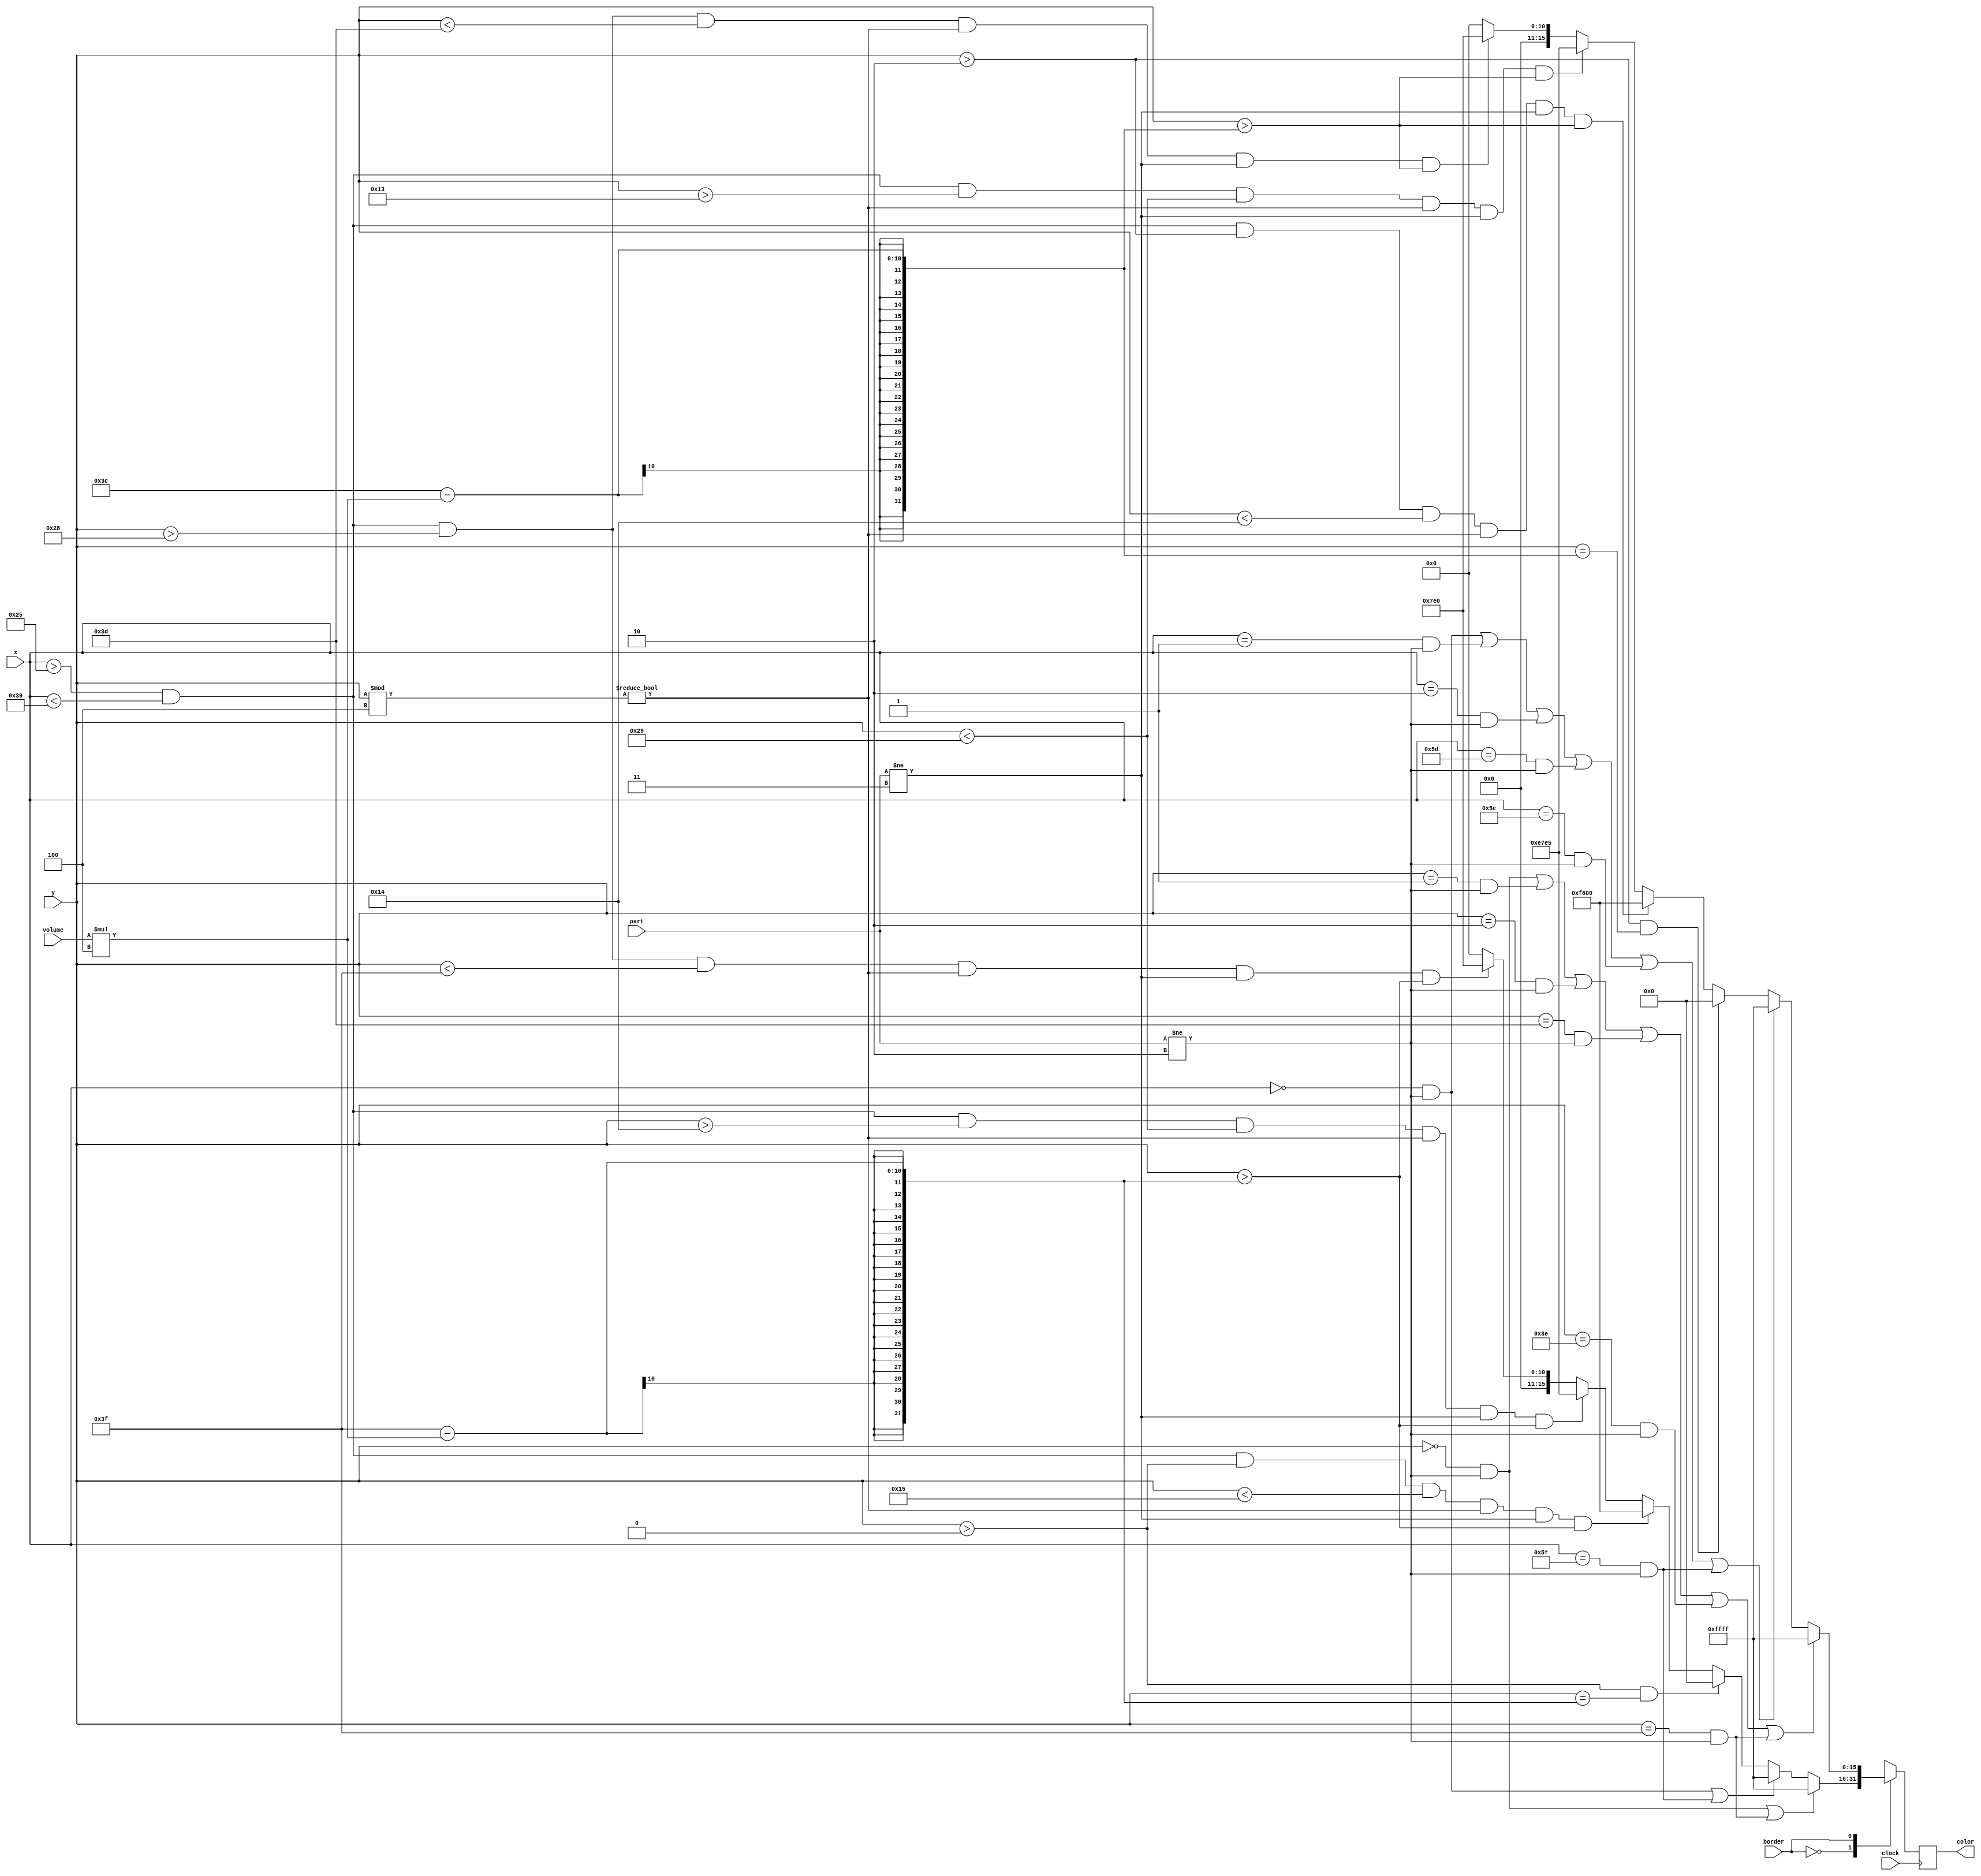
`timescale 1ns / 1ps
//////////////////////////////////////////////////////////////////////////////////
// Company: 
// Engineer: 
// 
// Design Name: 
// Module Name: PRINT_LED
// Project Name: 
// Target Devices: 
// Tool Versions: 
// Description: 
// 
// Dependencies: 
// 
// Revision:
// Revision 0.01 - File Created
// Additional Comments:
// 
//////////////////////////////////////////////////////////////////////////////////


module PRINT_LED_DEFAULT(input clock,input [6:0]volume,
    input[6:0]x, input[6:0]y,input border ,input [1:0]part, output reg [15:0] color
    
    );
    
    always@ (posedge clock) 
    begin
        case(border) // set border to 1 pixel
            1'b0:
                begin
                    if(y==0 && part!=2 || y==63 && part!=2)
                    begin
                        color = 65535; // set to white , all 1
                    end
                    else if(x==0 && part!=2 || x==95 && part!=2)
                    begin
                        color = 65535; // set to white , all 1
                    end
                    else if(y>0 && y == (63-(volume*4)))
                    begin
                        color = 0;
                    end
                    else if(x > 37 && x < 57 && y > 0 && y < 21 && (y % 4)!=0 && part!=3 && y > (63-(volume*4))) // SET RED
                    begin
                        color = 16'b1111100000000000;
                    end
                    else if(x > 37 && x < 57 && y > 20 && y < 41 && (y % 4)!=0 && part!=3 && y > (63-(volume*4))) // SET YELLOW
                    begin
                        color = 16'hE7E5;
                    end
                    else if(x > 37 && x < 57 && y > 40 && y < 63 && (y % 4)!=0 && part!=3 && y > (63-(volume*4))) // SET GREEN
                    begin
                        
                        color = 16'h07E0;
                    end
                    else if((y % 4)==0) 
                    begin
                        color = 0; // set other pixels to BLACK
                    end        
                    else
                    begin
                        color = 0; // SET ALL OTHER COLORS TO BLACK
                    end              
                end    
                
            1'b1: // SET BORDER TO 3 PIXEL
                    begin
                        if(y==0 && part!=2 || y==1 && part!=2 || y==2&& part!=2 || y==61 && part!=2 || y==62 && part!=2 || y==63 && part!=2)
                        begin
                            color = 65535; // set to white , all 1
                        end
                        else if(x==0 && part!=2 || x==1 && part!=2 || x==2 && part!=2 || x==93 && part!=2 || x==94 && part!=2 || x==95 && part!=2)
                        begin
                            color = 65535; // set to white , all 1
                        end
                        else if(y>2 && y == (60-(volume*4)))
                        begin
                            color = 0;
                        end
                        else if(x > 37 && x < 57 && y > 2 && y < 20 && (y % 4)!=0 && part!=3 && y > (60-(volume*4))) // SET RED
                        begin
 
                            color = 16'b1111100000000000;
                        end
                        else if(x > 37 && x < 57 && y > 19 && y < 41 && (y % 4)!=0 && part!=3 && y > (60-(volume*4))) // SET YELLOW
                        begin
                            color = 16'hE7E5;
                        end
                        else if(x > 37 && x < 57 && y > 40 && y < 61 && (y % 4)!=0 && part!=3 && y > (60-(volume*4))) // SET GREEN
                        begin
                            color = 16'h07E0;
                        end  
                        else if((y % 4)==0) 
                        begin
                            color = 0; // set other pixels to BLACK
                        end 
                        else
                        begin
                            color = 0; // set other pixels to BLACK                       
                        end                  
                    end               
            default: // we set default to be 1 pixel border
                        begin
                            if(y==0 && part!=2 || y==63 && part!=2)
                            begin
                                color = 65535; // set to white , all 1
                            end
                            else if(x==0 && part!=2 || x==95 && part!=2)
                            begin
                                color = 65535; // set to white , all 1
                            end
                            else if(y>0 && y == (63-(volume*4)))
                            begin
                                color = 0;
                            end
                            else if(x > 37 && x < 57 && y > 0 && y < 21 && (y % 4)!=0 && part!=3 && y > (63-(volume*4))) // SET GREEN
                            begin                         
                                color = 16'b1111100000000000;
                            end
                            else if(x > 37 && x < 57 && y > 20 && y < 41 && (y % 4)!=0 && part!=3 && y > (63-(volume*4))) // SET YELLOW
                            begin
                                color = 16'hE7E5;
                            end
                            else if(x > 37 && x < 57 && y > 40 && y < 63 && (y % 4)!=0 && part!=3 && y > (63-(volume*4))) // SET RED
                            begin                              
                                color = 16'h07E0;
                            end 
                            else if((y % 4)==0) 
                            begin
                                color = 0; // set other pixels to BLACK
                            end       
                            else
                            begin
                                color = 0; // SET ALL OTHER COLORS TO BLACK
                            end              
                        end 
              endcase   
    end
    
    
    
endmodule